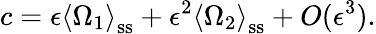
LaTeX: c=\epsilon\left\langle\Omega_{1}\right\rangle_{\mathrm{ss}}+\epsilon^{2}\left\langle\Omega_{2}\right\rangle_{\mathrm{ss}}+O(\epsilon^{3}).